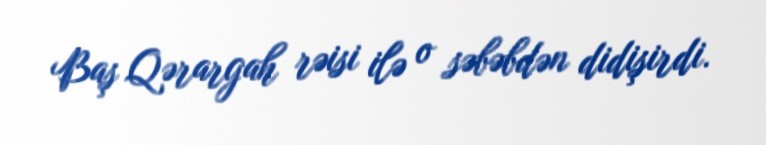
Baş Qərargah rəisi ilə o səbəbdən didişirdi.